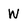
Character: w